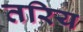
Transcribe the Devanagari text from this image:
तरिय